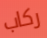
ركاب